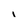
Character: i